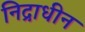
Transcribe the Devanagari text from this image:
निद्राधीन